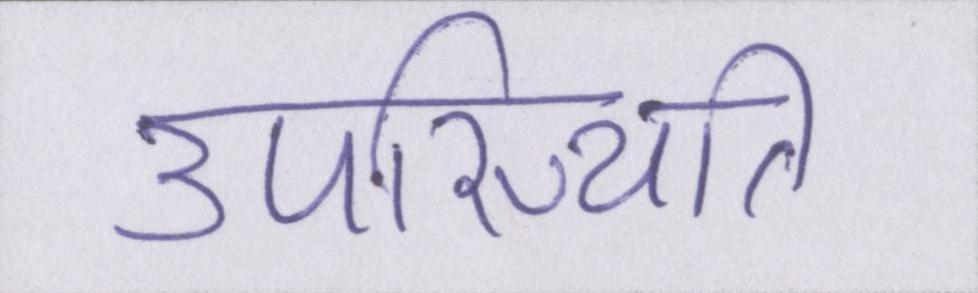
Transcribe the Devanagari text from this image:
उपस्थिति